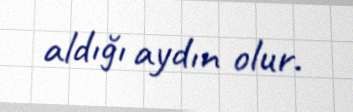
aldığı aydın olur.